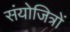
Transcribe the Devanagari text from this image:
संयोजित्रों